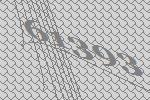
61393